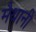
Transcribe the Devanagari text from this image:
मैथानी